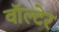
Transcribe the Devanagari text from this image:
वॉल्टेर